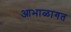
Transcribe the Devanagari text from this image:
आभाळागत